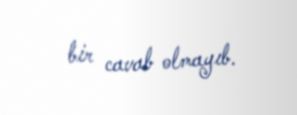
bir cavab olmayıb.